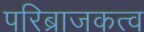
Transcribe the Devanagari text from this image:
परिब्राजकत्व